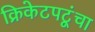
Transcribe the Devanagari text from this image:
क्रिकेटपटूंचा